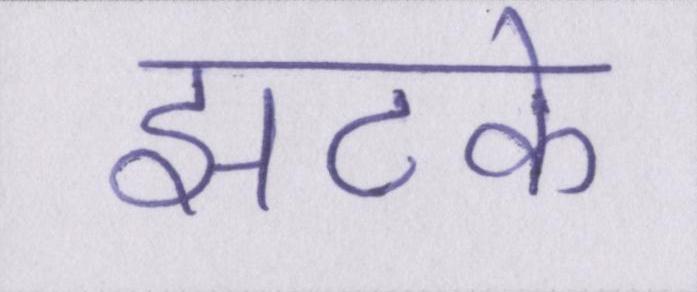
झटके